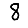
Digit: 8